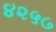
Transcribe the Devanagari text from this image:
४२५७